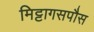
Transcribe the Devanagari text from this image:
मिट्टागसपौस